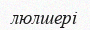
люлшері